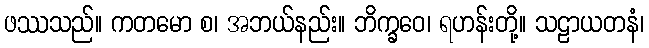
ဖဿသည်။ ကတမော စ၊ အဘယ်နည်း။ ဘိက္ခဝေ၊ ရဟန်းတို့။ သဠာယတနံ၊